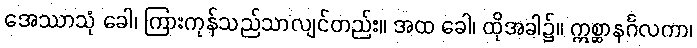
အေဿာသုံ ခေါ၊ ကြားကုန်သည်သာလျင်တည်း။ အထ ခေါ၊ ထိုအခါ၌။ ဣစ္ဆာနင်္ဂလကာ၊